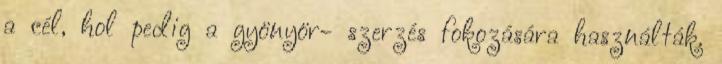
a cél, hol pedig a gyönyör- szerzés fokozására használták.